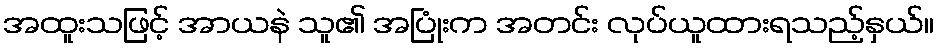
အထူးသဖြင့် အာယနဲ သူ၏ အပြုံးက အတင်း လုပ်ယူထားရသည့်နှယ်။